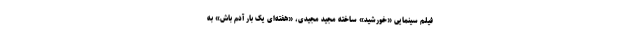
فیلم سینمایی «خورشید» ساخته مجید مجیدی، «هفته‌ای یک بار آدم باش» به